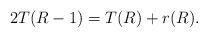
LaTeX: \begin{align*}2T(R-1) = T(R)+r(R).\end{align*}